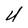
Character: U